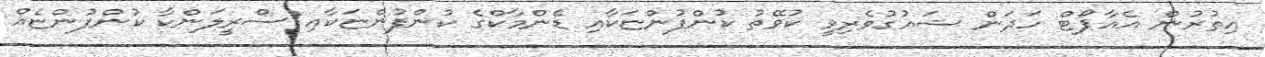
އިތުރުން އެއާޕޯޓް ހަދަން ޝައުގުވެރިވީ ކުވޭތު ކުންފުންޏަކާއި ޑެންމާކްގެ ކުންފުންޏަކާއި ސްރީލަންކާ ކުންފުންޏެއް